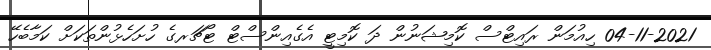
04-11-2021 ހިއުމަން ރައިޓްސް ކޮމިޝަނުން ދަ ކޮމިޓީ އެގެއިންސްޓް ޓޯޗަރގެ ހުށަހެޅުންތަކަށް ކަމާބެހޭ